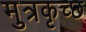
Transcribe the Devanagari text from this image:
मुत्रकृच्छ